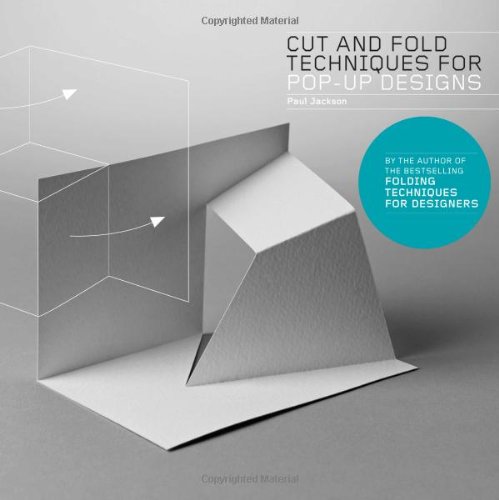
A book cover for Cut and Fold Techniques for Pop-Up Designs; Paul Jackson; Crafts, Hobbies & Home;